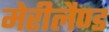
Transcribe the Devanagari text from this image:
मेरीलैण्ड